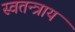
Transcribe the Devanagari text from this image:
स्वतन्त्राय